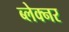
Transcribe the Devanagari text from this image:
ब्लेक्नर